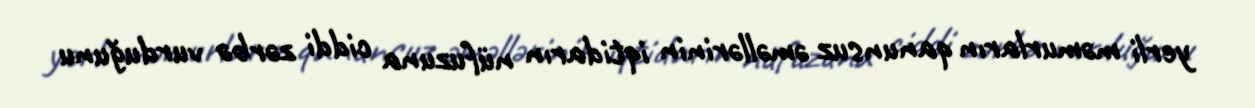
yerli məmurların qanunsuz əməllərinin iqtidarın nüfuzuna ciddi zərbə vurduğunu